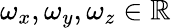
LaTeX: \omega_{x},\omega_{y},\omega_{z}\in\mathbb{R}